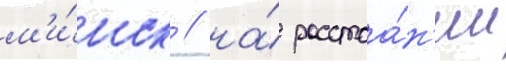
м'и́нск / на́ расстоа́н'ии